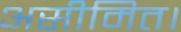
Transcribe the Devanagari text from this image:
असीमित।